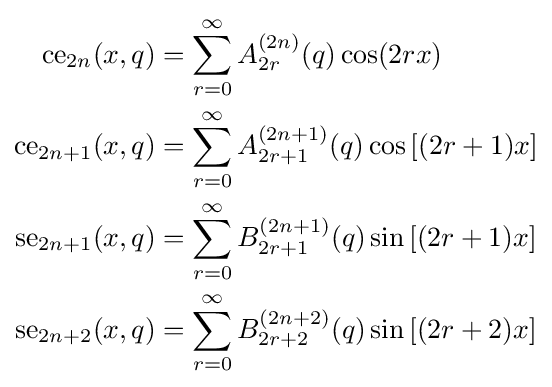
{\begin{aligned}{\text{ce}}_{2n}(x,q)&=\sum _{r=0}^{\infty }A_{2r}^{(2n)}(q)\cos(2rx)\\{\text{ce}}_{2n+1}(x,q)&=\sum _{r=0}^{\infty }A_{2r+1}^{(2n+1)}(q)\cos \left[(2r+1)x\right]\\{\text{se}}_{2n+1}(x,q)&=\sum _{r=0}^{\infty }B_{2r+1}^{(2n+1)}(q)\sin \left[(2r+1)x\right]\\{\text{se}}_{2n+2}(x,q)&=\sum _{r=0}^{\infty }B_{2r+2}^{(2n+2)}(q)\sin \left[(2r+2)x\right]\\\end{aligned}}